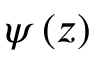
\psi \left( z \right)